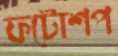
ফটোশপ